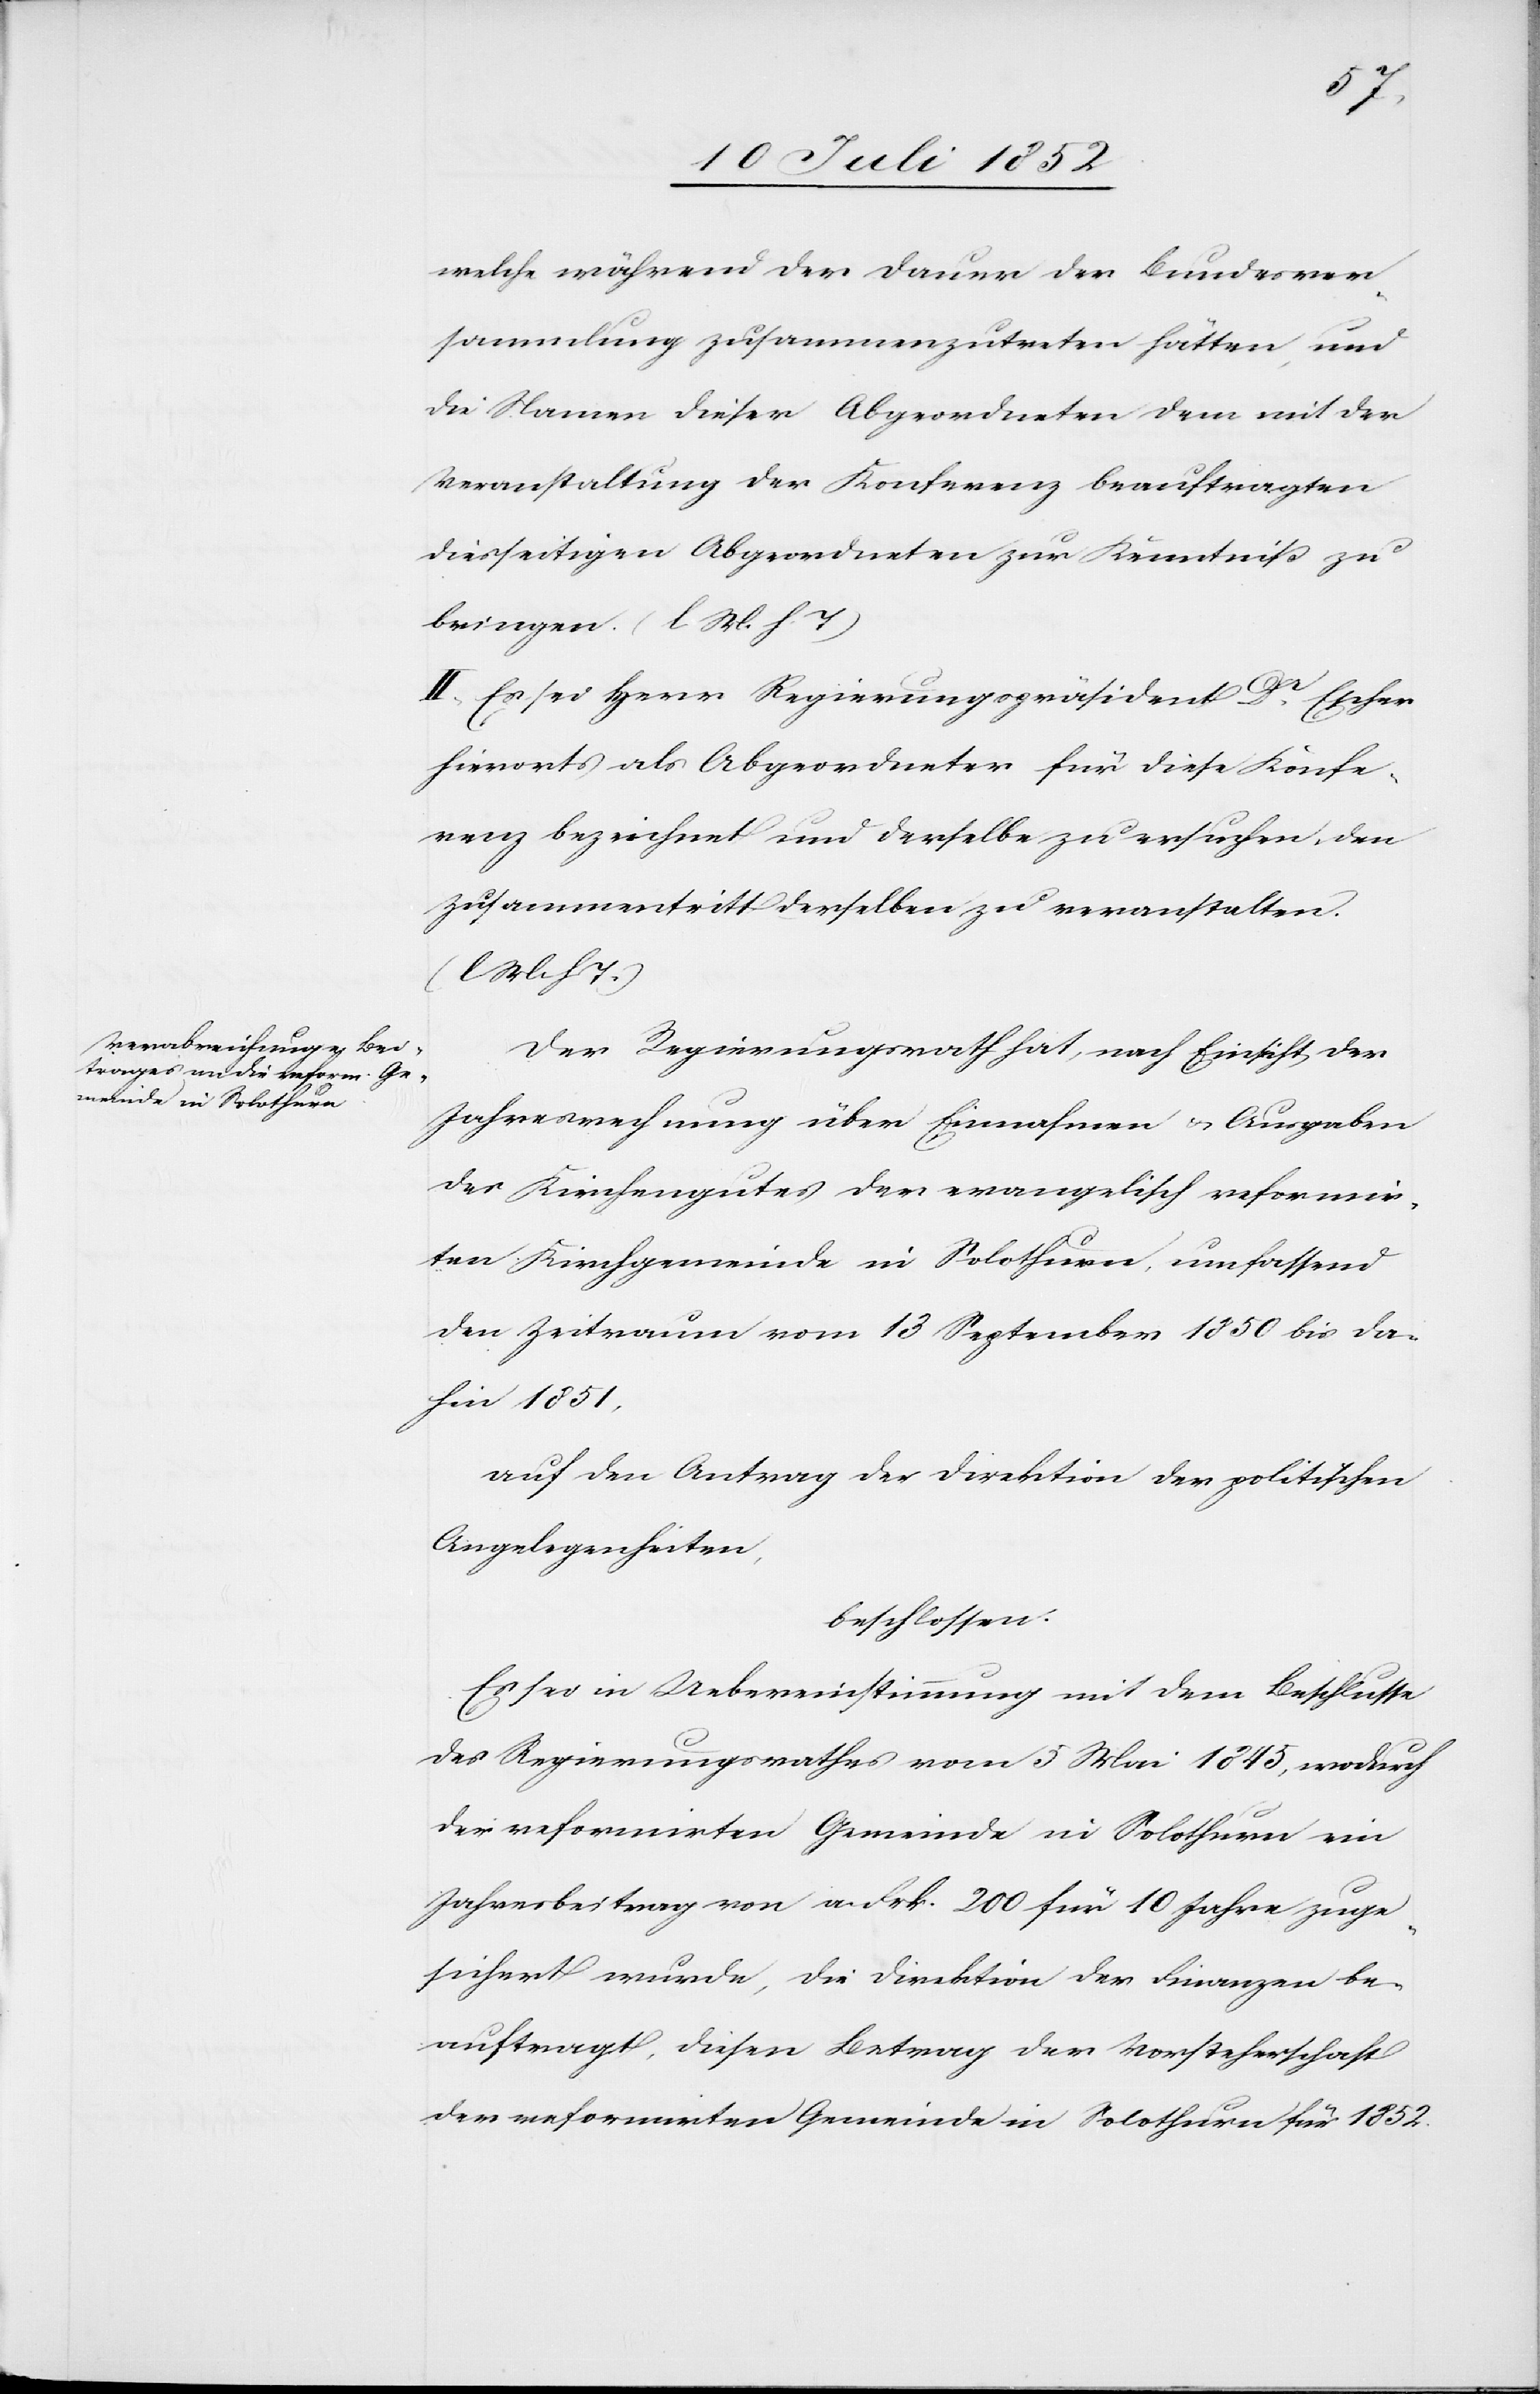
welche während der Dauer der Bundesver¬
sammlung zusammenzutreten hätten, und
die Namen dieser Abgeordneten dem mit der
Veranstaltung der Konferenz beauftragten
diesseitigen Abgeordneten zur Kenntniß zu
bringen. (l. M. h. T)
II, Es sei Herr Regierungspräsident Dr. Escher
hierorts als Abgeordneter für diese Konfe¬
renz bezeichnet und derselbe zu ersuchen, den
Zusammentritt derselben zu veranstalten.
(l M h T.)
Der Regierungsrath hat, nach Einsicht der
Jahresrechnung über Einnahmen & Ausgaben
des Kirchengutes der evangelisch reformir¬
ten Kirchgemeinde in Solothurn, umfassend
den Zeitraum vom 13 September 1850 bis da¬
hin 1851,
auf den Antrag der Direktion der politischen
Angelegenheiten,
beschlossen.
Es sei in Uebereinstimmung mit dem Beschlusse
des Regierungsrathes vom 5 Mai 1845, wodurch
der reformirten Gemeinde in Solothurn ein
Jahresbeitrag von a Frk. 200 für 10 Jahre zuge¬
sichert wurde, die Direktion der Finanzen be¬
auftragt, diesen Betrag der Vorsteherschaft
der reformirten Gemeinde in Solothurn für 1852.